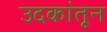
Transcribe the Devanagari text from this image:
उदकांतून